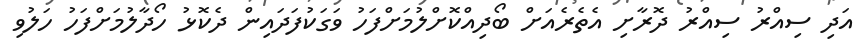
އަދި ސިއްރު ސިއްރު ދޮރާށި އެތެރެއަށް ބޯދިއްކޮށްލުމަށްފަހު ވަގަކުފަދައިން ދެކޮޅު ހޯދާލުމަށްފަހު ހަލުވި